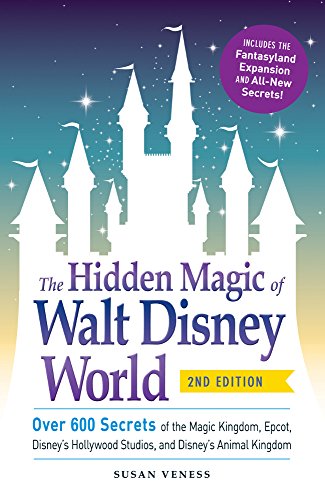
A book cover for The Hidden Magic of Walt Disney World: Over 600 Secrets of the Magic Kingdom, Epcot, Disney's Hollywood Studios, and Disney's Animal Kingdom; Susan Veness; Travel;